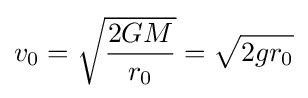
v_{0}={\sqrt {\frac {2GM}{r_{0}}}}={\sqrt {2gr_{0}}}